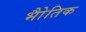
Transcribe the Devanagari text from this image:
भोैतिक